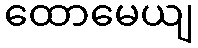
ထောမေယျ